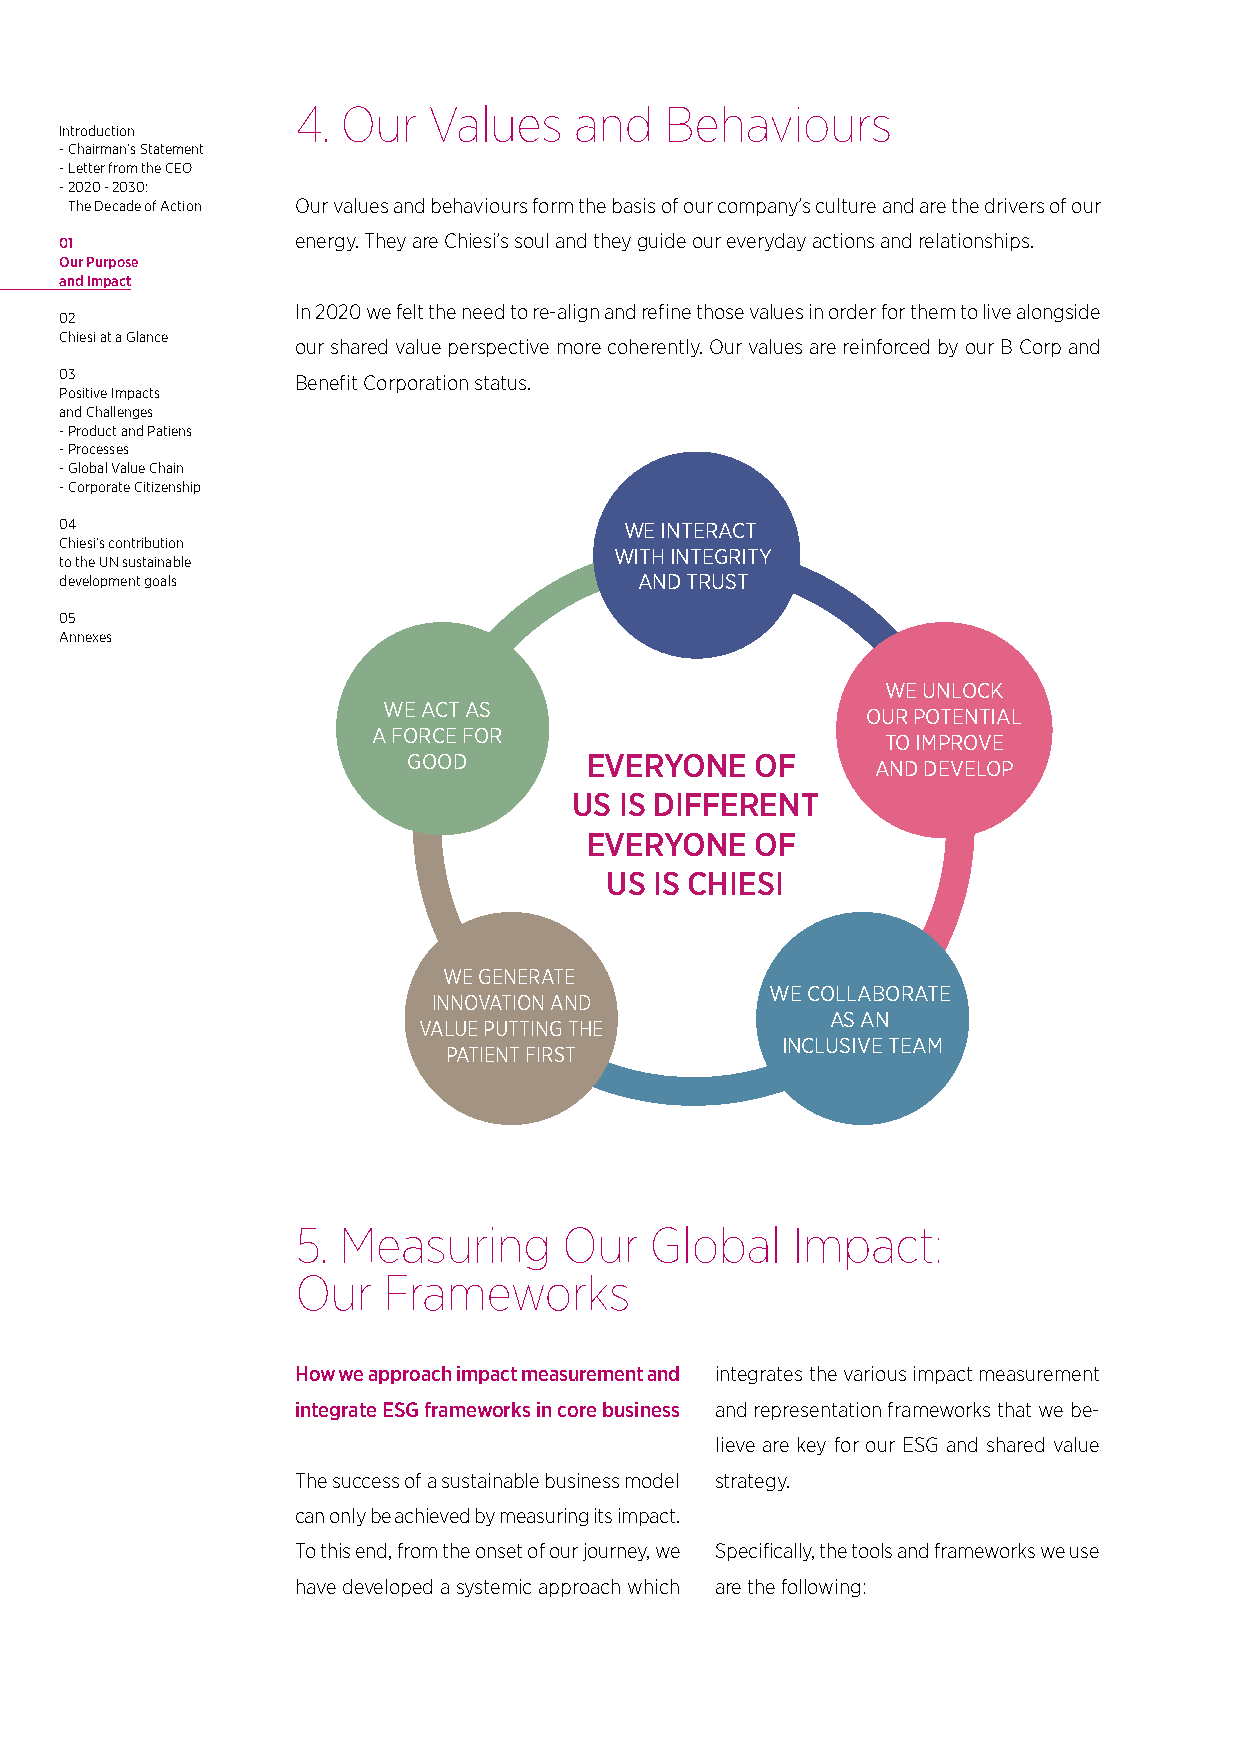
4. Our  Values    and   Behaviours
 Introduction
 - Chairman’s Statement
 - Letter from the CEO
 - 2020 - 2030:
 The Decade of Action Our values and behaviours form the basis of our company’s culture and are the drivers of our
 01              energy. They are Chiesi’s soul and they guide our everyday actions and relationships.
 Our Purpose
 and Impact
 In 2020 we felt the need to re-align and refine those values in order for them to live alongside
 02
 Chiesi at a Glance
 our shared value perspective more coherently. Our values are reinforced by our B Corp and
 This 03is   usBenefit   Corporation status.
 Positive Impacts
 and Challenges
 - Product and Patiens
 - Processes
 - Global Value Chain
 - Corporate Citizenship
 04                                   WE INTERACT
 Chiesi’s contribution
 WITH INTEGRITY
 to the UN sustainable
 development goals                     AND TRUST
 05
 Annexes
 WE UNLOCK
 WE ACT AS
 OUR POTENTIAL
 A FORCE FOR
 TO IMPROVE
 GOOD        EVERYONE   OF
 AND DEVELOP
 US IS DIFFERENT
 EVERYONE   OF
 US IS CHIESI
 WE GENERATE
 WE COLLABORATE
 INNOVATION AND
 AS AN
 VALUE PUTTING THE
 INCLUSIVE TEAM
 PATIENT FIRST
 5. Measuring     Our   Global   Impact:
 Our  Frameworks
 How we approach impact measurement and integrates the various impact measurement
 integrate ESG frameworks in core business and representation frameworks that we be-
 lieve are key for our ESG and shared value
 The success of a sustainable business model strategy.
 can only be achieved by measuring its impact.
 To this end, from the onset of our journey, we Specifically, the tools and frameworks we use
 have developed a systemic approach which are the following: